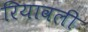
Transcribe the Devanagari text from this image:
रियावली